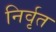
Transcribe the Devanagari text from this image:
निर्वृत